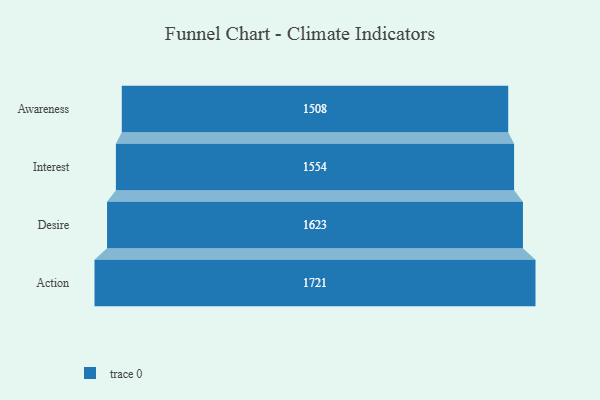
{"axis": {"x": "Stage", "y": "Value"}, "legend": [""], "data": [{"x": "Awareness", "y": 1508.0, "type": ""}, {"x": "Interest", "y": 1554.0, "type": ""}, {"x": "Desire", "y": 1623.0, "type": ""}, {"x": "Action", "y": 1721.0, "type": ""}]}